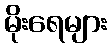
မိုးရေများ